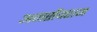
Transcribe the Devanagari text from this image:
अनसैंक्शन